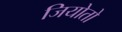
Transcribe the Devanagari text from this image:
जियोतो